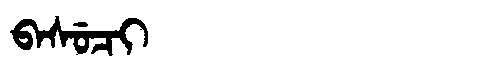
Manchu: ᠪᠠᠰᡠᠴᡳ
Romanization: BASUCI